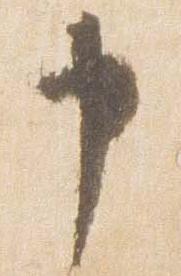
申